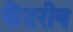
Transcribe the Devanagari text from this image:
कैंटरीय